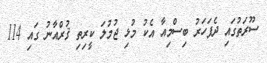
ސޫރަތުގައި ދެފަހަރު ބިސްމިއާ އެކު މުޅި ޖުމުލަ ކީރިތި ޤުރްއާނު ގައި 114